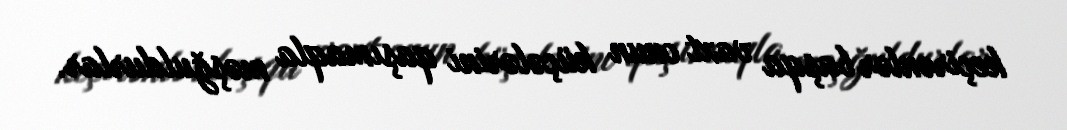
keçirənlər başqa vaxt onun küçələrini qaşımaqla məşğuldurlar.